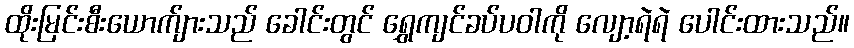
ထိုးမြင်းစီးယောက်ျားသည် ခေါင်းတွင် ရွှေကျင်ခပ်ပဝါကို လျော့ရဲရဲ ပေါင်းထားသည်။